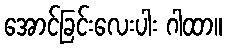
အောင်ခြင်းလေးပါး ဂါထာ။